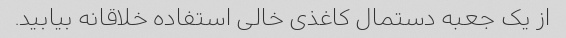
از یک جعبه دستمال کاغذی خالی استفاده خلاقانه بیابید.